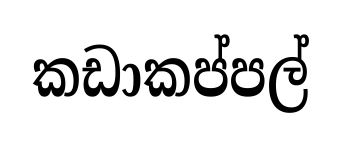
කඩාකප්පල්